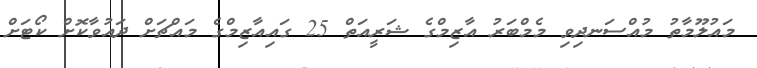
މައުލޫމާތު މުއްސަނދިވި މެމްބަރު އާޒިމްގެ ޝަރީއަތް 25 ގައިއާޒިމްގެ މައްޗަށް ދައުވާކޮށް ކޯޓަށް